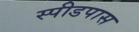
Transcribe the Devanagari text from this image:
स्पीडपास